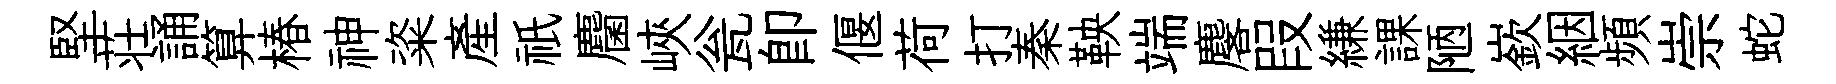
堅荘誦算椿神粢産祇麕峽瓮卽偃荷打秦鞅端麐叚縑課陋嶔絪頻崇蛇